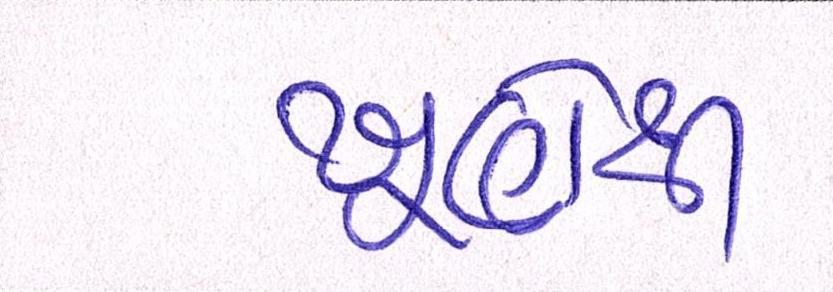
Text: ખુણેથી